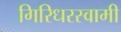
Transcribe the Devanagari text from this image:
गिरिधरस्वामी